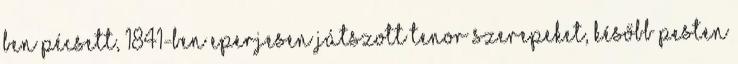
ben Pécsett, 1841-ben Eperjesen játszott tenor szerepeket, később Pesten